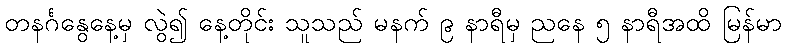
တနင်္ဂနွေနေ့မှ လွဲ၍ နေ့တိုင်း သူသည် မနက် ၉ နာရီမှ ညနေ ၅ နာရီအထိ မြန်မာ